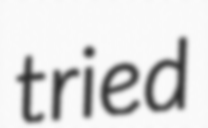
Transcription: tried